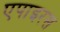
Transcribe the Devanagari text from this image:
एपाइरस